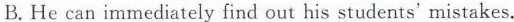
B.He can immediately find cut his students' mistakes.